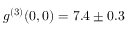
g ^ { ( 3 ) } ( 0 , 0 ) = 7 . 4 \pm 0 . 3